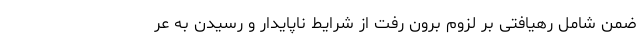
ضمن شامل رهیافتی بر لزوم برون رفت از شرایط ناپایدار و رسیدن به عر